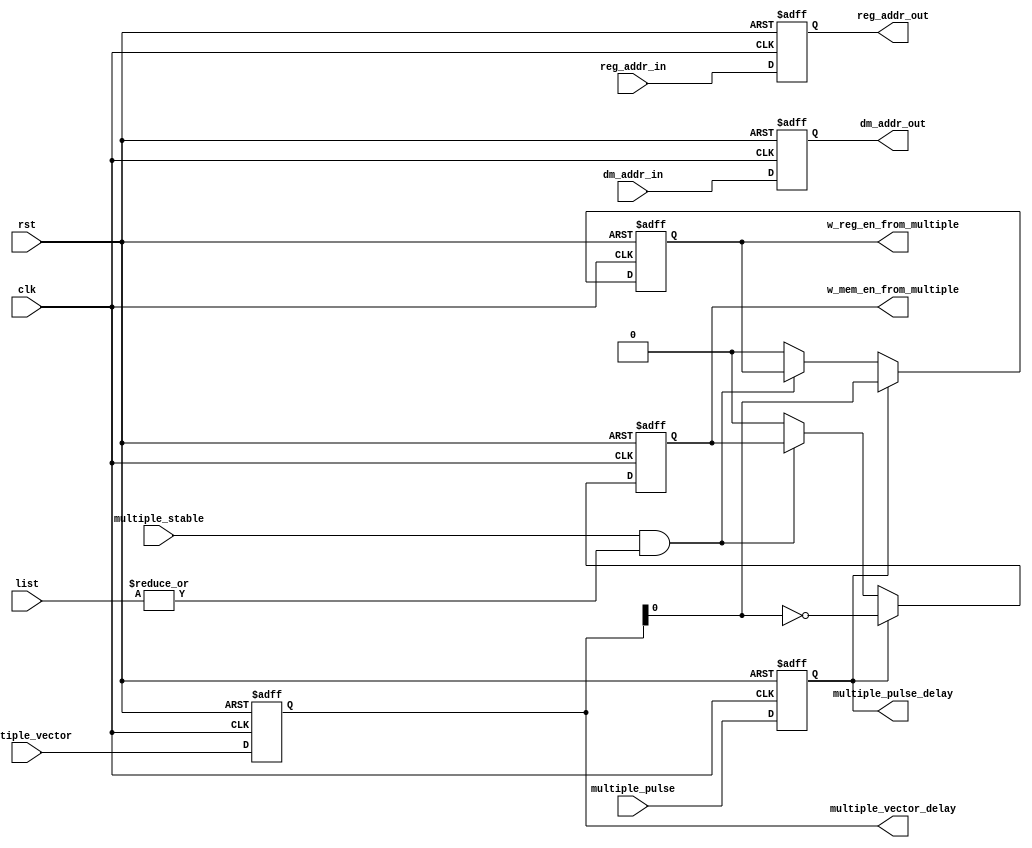
module list_addr_delay(
		rst,
		clk,
		
		multiple_vector,		
		multiple_pulse,
		multiple_stable,
		list,

		dm_addr_in,
		dm_addr_out,
		
		reg_addr_in,
		reg_addr_out,
		
		multiple_pulse_delay,
		multiple_vector_delay,
		w_mem_en_from_multiple,
		w_reg_en_from_multiple
);

input rst;
input clk;
input [1:0] multiple_vector;	// ins16[12:11] (indicates it is pop, push, LDM or STM)

input multiple_pulse;
input multiple_stable;

input [31:0] dm_addr_in;
input [3:0] reg_addr_in;
input [9:0] list;

output [31:0] dm_addr_out;
output [3:0] reg_addr_out;

output multiple_pulse_delay;
output [1:0]multiple_vector_delay;
output w_mem_en_from_multiple;
output w_reg_en_from_multiple;

reg multiple_pulse_delay;
reg [31:0] dm_addr_out;
reg [3:0] reg_addr_out;
reg [1:0] multiple_vector_delay;
reg w_mem_en_from_multiple;
reg w_reg_en_from_multiple;


always@(posedge rst or posedge clk)begin
	if(rst)begin
		multiple_pulse_delay <= 0;
		multiple_vector_delay<= 0;
	end else begin
		multiple_pulse_delay <= multiple_pulse;
		multiple_vector_delay<= multiple_vector;
	end
end

always@(posedge rst or posedge clk)begin
	if(rst)begin
		dm_addr_out <= 0;
		reg_addr_out <= 0;
	end else begin
		dm_addr_out <= dm_addr_in;
		reg_addr_out <= reg_addr_in;
	end
end

always@(posedge rst or posedge clk)begin
	if(rst)
		w_mem_en_from_multiple <= 0;
	else if(multiple_pulse_delay)
		w_mem_en_from_multiple <= ~ multiple_vector_delay[0];
	else if(multiple_stable&(|list))
		w_mem_en_from_multiple <= w_mem_en_from_multiple;	
	else
		w_mem_en_from_multiple <= 0;
end

always@(posedge rst or posedge clk)begin
	if(rst)
		w_reg_en_from_multiple <= 0;
	else if(multiple_pulse_delay)
		w_reg_en_from_multiple <= multiple_vector_delay[0];
	else if(multiple_stable&(|list))
		w_reg_en_from_multiple <= w_reg_en_from_multiple;	
	else
		w_reg_en_from_multiple <= 0;
end

endmodule